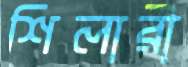
শিলারী